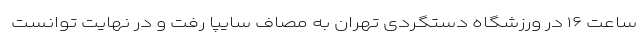
ساعت ۱۶ در ورزشگاه دستگردی تهران به مصاف سایپا رفت و در نهایت توانست